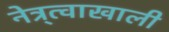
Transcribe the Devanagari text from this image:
नेत्र्त्वाखाली